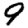
Digit: 9